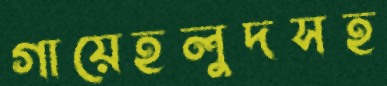
গায়েহলুদসহ